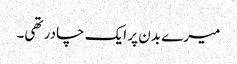
میرے بدن پر ایک چادر تھی۔